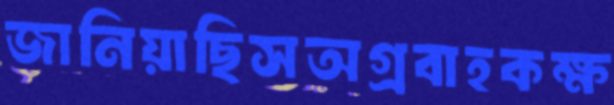
জানিয়াছিসঅগ্রবাহকক্ষ